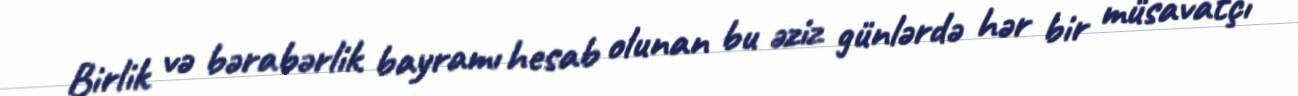
Birlik və bərabərlik bayramı hesab olunan bu əziz günlərdə hər bir müsavatçı